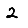
Digit: 2